Report on the lunatic asylums under the Government of Bombay - 1904-1913
Year: 1904
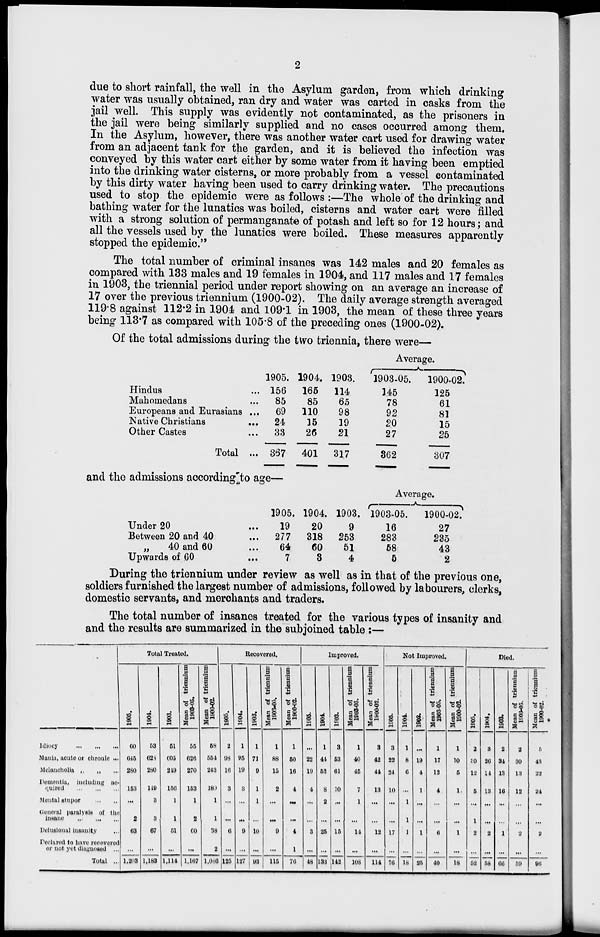
2
due to short rainfall, the well in the Asylum garden, from which drinking
water was usually obtained, ran dry and water was carted in casks from the
jail well. This supply was evidently not contaminated, as the prisoners in
the jail were being similarly supplied and no cases occurred among them.
In the Asylum, however, there was another water cart used for drawing water
from an adjacent tank for the garden, and it is believed the infection was
conveyed by this water cart either by some water from it having been emptied
into the drinking water cisterns, or more probably from a vessel contaminated
by this dirty water having been used to carry drinking water. The precautions
used to stop the epidemic were as follows :—The whole of the drinking and
bathing water for the lunatics was boiled, cisterns and water cart were filled
with a strong solution of permanganate of potash and left so for 12 hours; and
all the vessels used by the lunatics were boiled. These measures apparently
stopped the epidemic."
The total number of criminal insanes was 142 males and 20 females as
compared with 133 males and 19 females in 1904, and 117 males and 17 females
in 1903, the triennial period under report showing on an average an increase of
17 over the previous triennium (1900-02). The daily average strength averaged
119.8 against 112.2 in 1904 and 109.1 in 1903, the mean of these three years
being 113.7 as compared with 105.8 of the preceding ones (1900-02).
Of the total admissions during the two triennia, there were—
Hindus ...
Mahomedans ...
Europeans and Eurasians ...
Native Christians ...
Other Castes ...
Total ...
1905.
156
85
69
24
33
367
1904.
165
85
110
15
26
401
1903.
114
65
98
19
21
317
Average.
1903-05.
145
78
92
20
27
862
1900-02.
125
61
81
15
25
307
and the admissions according to age—
Under 20 ...
Between 20 and 40 ...
„
40 and 60 ...
Upwards of 60 ...
1905.
19
277
64
7
1904.
20
318
60
8
1903.
9
253
51
4
Average.
1903-05.
16
283
58
5
1900-02.
27
235
43
2
During the triennium under review as well as in that of the previous one,
soldiers furnished the largest number of admissions, followed by labourers, clerks,
domestic servants, and merchants and traders.
The total number of insanes treated for the various types of insanity and
and the results are summarized in the subjoined table :—
Idiocy
...
...
...
Mania, acute or chronic ...
Melancholia „
„ ...
Dementia, including ac-
quired
...
...
...
Mental stupor
...
...
General paralysis of the
insane
...
...
...
Delusional insanity ...
Declared to have recevered
or not yet diagnosed ...
Total ..
Total Treated.
1905.
60
645
280
153
...
2
63
...
1,203
1904.
53
628
280
110
3
3
67
...
1,163
1903.
51
605
210
156
1
1
51
...
1,114
Mean of triennium
1903-05.
55
626
270
153
1
2
60
...
11,167
Mean of triennium
1900-02.
58
554
243
180
1
1
38
2
1,086
Recovered.
1905.
2
98
16
3
...
...
6
...
125
1904.
1
95
19
3
...
...
9
...
127
1903.
1
71
9
1
1
...
10
...
93
Mean of triennium
1903-05.
1
88
15
2
...
...
9
...
115
M ean of trienniun
1900-02.
1
50
16
4
...
...
4
1
76
Improved.
1905.
...
22
19
4
...
...
3
...
48
1904.
1
41
53
8
2
...
25
...
133
1903.
3
53
61
10
...
...
15
...
142
Mean of triennium
1903-05.
1
40
45
7
1
...
14
...
108
M ean of triennium
1900-02.
3
42
44
13
...
...
12
...
114
Not Improved.
1905.
3
22
24
10
...
...
17
...
76
1904.
1
8
6
...
1
1
1
...
18
1902.
...
19
4
1
...
...
1
...
25
Mean of triennium
1903-05.
1
17
12
4
...
...
6
...
40
M ean of triennium
1900-02.
1
10
5
1
...
...
1
...
18
Died.
1905.
2
30
12
5
...
1
2
...
52
1904.
3
20
14
13
...
...
2
...
58
1903.
2
34
13
16
...
...
1
...
66
Mean of triennium
1903-05.
2
30
13
12
...
...
2
...
59
M ean of triennium
1900-02.
5
43
22
24
...
...
2
...
96